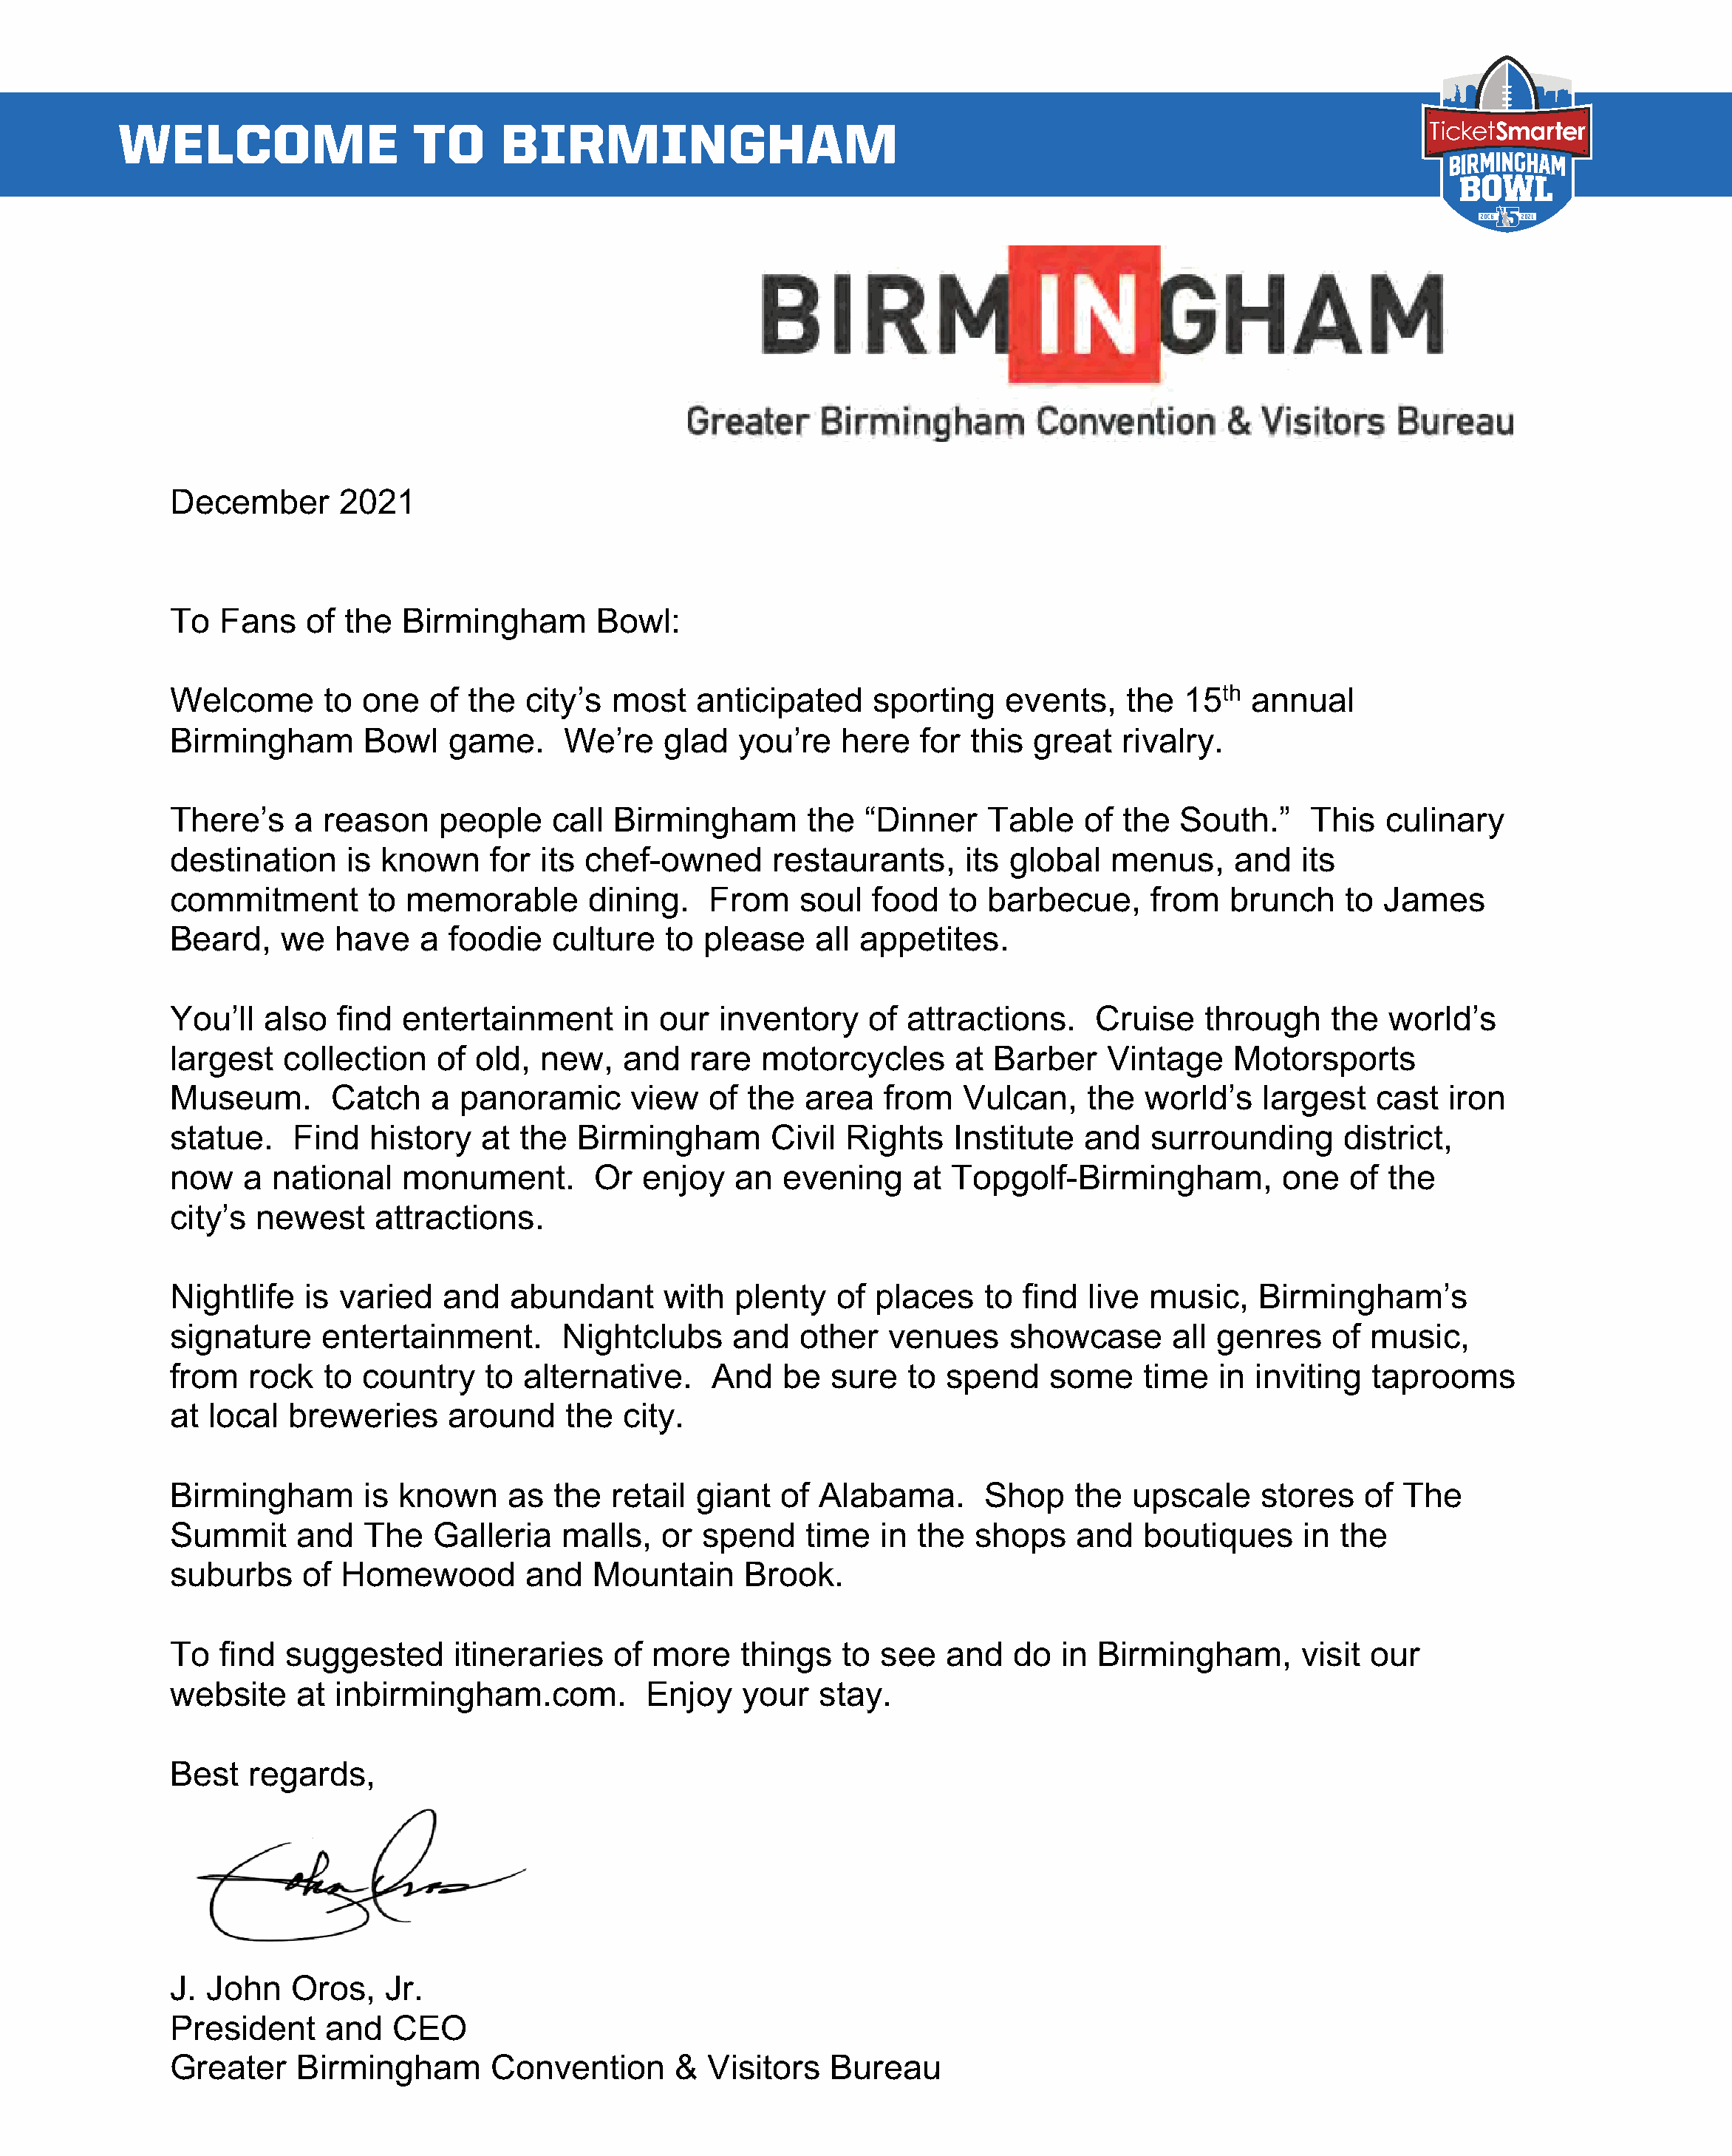
WELCOME                   TO      BIRMINGHAM
 December       2021
 To   Fans   of  the  Birmingham       Bowl:
 Welcome       to one   of  the  city’s  most   anticipated     sporting    events,    the  15th  annual
 Birmingham        Bowl   game.     We’re    glad   you’re   here   for  this  great   rivalry.
 There’s    a  reason    people    call  Birmingham       the  “Dinner    Table    of  the  South.”    This   culinary
 destination     is known     for its chef-owned       restaurants,     its global    menus,     and   its
 commitment        to memorable        dining.    From    soul  food   to barbecue,      from   brunch    to  James
 Beard,    we   have    a foodie   culture    to please    all appetites.
 You’ll   also  find  entertainment       in our  inventory     of attractions.     Cruise    through    the  world’s
 largest   collection    of  old, new,    and   rare  motorcycles       at Barber    Vintage     Motorsports
 Museum.        Catch    a panoramic       view   of the  area   from   Vulcan,    the   world’s   largest   cast   iron
 statue.    Find   history   at  the  Birmingham       Civil  Rights   Institute   and   surrounding      district,
 now    a national    monument.        Or   enjoy   an  evening     at Topgolf-Birmingham,           one   of the
 city’s  newest     attractions.
 Nightlife   is varied    and   abundant     with   plenty   of places    to  find live  music,    Birmingham’s
 signature     entertainment.       Nightclubs      and   other   venues    showcase       all genres    of  music,
 from   rock   to country    to  alternative.     And   be  sure   to  spend    some    time   in inviting   taprooms
 at  local  breweries     around     the  city.
 Birmingham        is known    as   the  retail giant   of Alabama.       Shop    the  upscale     stores   of  The
 Summit      and   The   Galleria   malls,   or  spend    time   in the  shops    and   boutiques      in the
 suburbs     of  Homewood        and   Mountain      Brook.
 To   find  suggested      itineraries   of more    things   to  see   and   do  in Birmingham,        visit our
 website     at inbirmingham.com.           Enjoy   your   stay.
 Best   regards,
 J. John    Oros,   Jr.
 President     and   CEO
 Greater     Birmingham       Convention      &  Visitors   Bureau